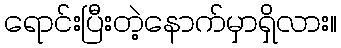
ရောင်းပြီးတဲ့နောက်မှာရှိလား။